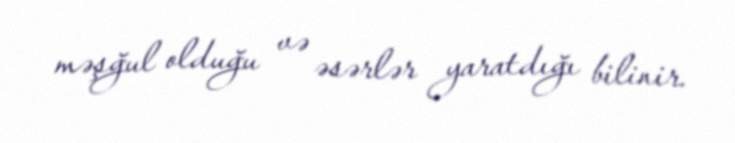
məşğul olduğu və əsərlər yaratdığı bilinir.